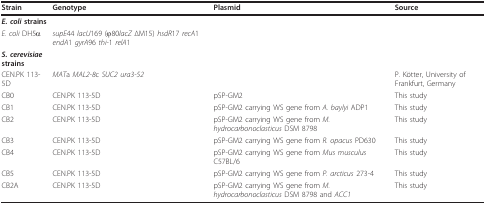
<table><thead><tr><td><b>Strain</b></td><td><b>Genotype</b></td><td><b>Plasmid</b></td><td><b>Source</b></td></tr></thead><tbody><tr><td><b><i>E. coli </i>strains</b></td><td></td><td></td><td></td></tr><tr><td><i>E. coli </i>DH5α</td><td><i>supE</i>44 <i>lacU</i>169 (φ80<i>lacZ </i>ΔM15) <i>hsdR</i>17 <i>recA</i>1 <i>endA</i>1 <i>gyrA</i>96 <i>thi</i>-1 <i>relA</i>1</td><td></td><td></td></tr><tr><td><b><i>S. cerevisiae </i>strains</b></td><td></td><td></td><td></td></tr><tr><td>CEN.PK 113-5D</td><td><i>MAT</i>a <i>MAL2-8</i>c <i>SUC2 ura3-52</i></td><td></td><td>P. Kötter, University of Frankfurt, Germany</td></tr><tr><td>CB0</td><td>CEN.PK 113-5D</td><td>pSP-GM2</td><td>This study</td></tr><tr><td>CB1</td><td>CEN.PK 113-5D</td><td>pSP-GM2 carrying WS gene from <i>A. baylyi </i>ADP1</td><td>This study</td></tr><tr><td>CB2</td><td>CEN.PK 113-5D</td><td>pSP-GM2 carrying WS gene from <i>M. hydrocarbonoclasticus </i>DSM 8798</td><td>This study</td></tr><tr><td>CB3</td><td>CEN.PK 113-5D</td><td>pSP-GM2 carrying WS gene from <i>R. opacus </i>PD630</td><td>This study</td></tr><tr><td>CB4</td><td>CEN.PK 113-5D</td><td>pSP-GM2 carrying WS gene from <i>Mus musculus </i>C57BL/6</td><td>This study</td></tr><tr><td>CB5</td><td>CEN.PK 113-5D</td><td>pSP-GM2 carrying WS gene from <i>P. arcticus </i>273-4</td><td>This study</td></tr><tr><td>CB2A</td><td>CEN.PK 113-5D</td><td>pSP-GM2 carrying WS gene from <i>M. hydrocarbonoclasticus </i>DSM 8798 and <i>ACC1</i></td><td>This study</td></tr></tbody></table>